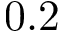
0 . 2